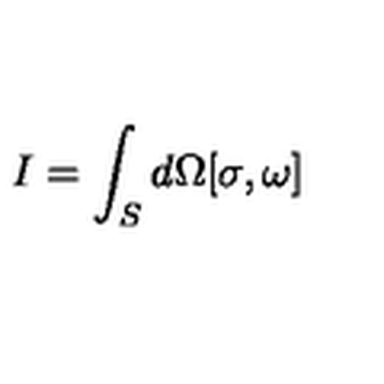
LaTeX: I = \int _ { S } d \Omega [ \sigma , \omega ]